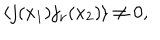
\langle j ( x _ { 1 } ) j _ { \nu } ( x _ { 2 } ) \rangle \ne 0 ,